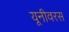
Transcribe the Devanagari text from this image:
यूनीवरस